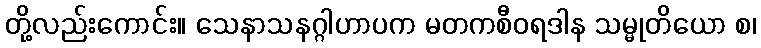
တို့လည်းကောင်း။ သေနာသနဂ္ဂါဟာပက မတကစီဝရဒါန သမ္မုတိယော စ၊